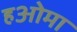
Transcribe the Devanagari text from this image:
हओमा